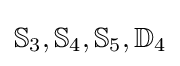
\mathbb {S} _{3},\mathbb {S} _{4},\mathbb {S} _{5},\mathbb {D} _{4}